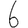
Digit: 6